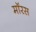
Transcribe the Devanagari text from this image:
मॉरस